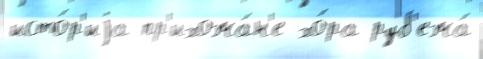
исто́р'иjа пр'ихожа́н'е хо́ра руб'ежа́